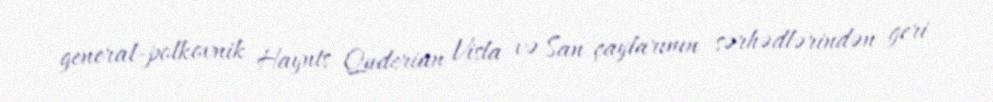
general-polkovnik Haynts Quderian Visla və San çaylarının sərhədlərindən geri